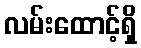
လမ်းထောင့်ရှိ